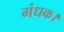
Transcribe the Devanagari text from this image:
गंधक।